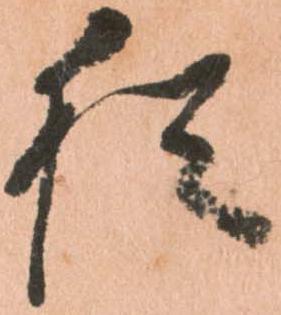
猶